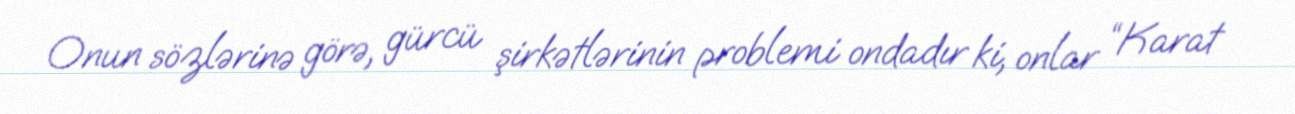
Onun sözlərinə görə, gürcü şirkətlərinin problemi ondadır ki, onlar “Karat